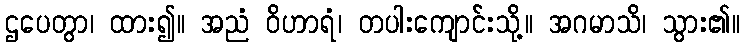
ဌပေတွာ၊ ထား၍။ အညံ ဝိဟာရံ၊ တပါးကျောင်းသို့။ အဂမာသိ၊ သွား၏။